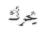
يحرك